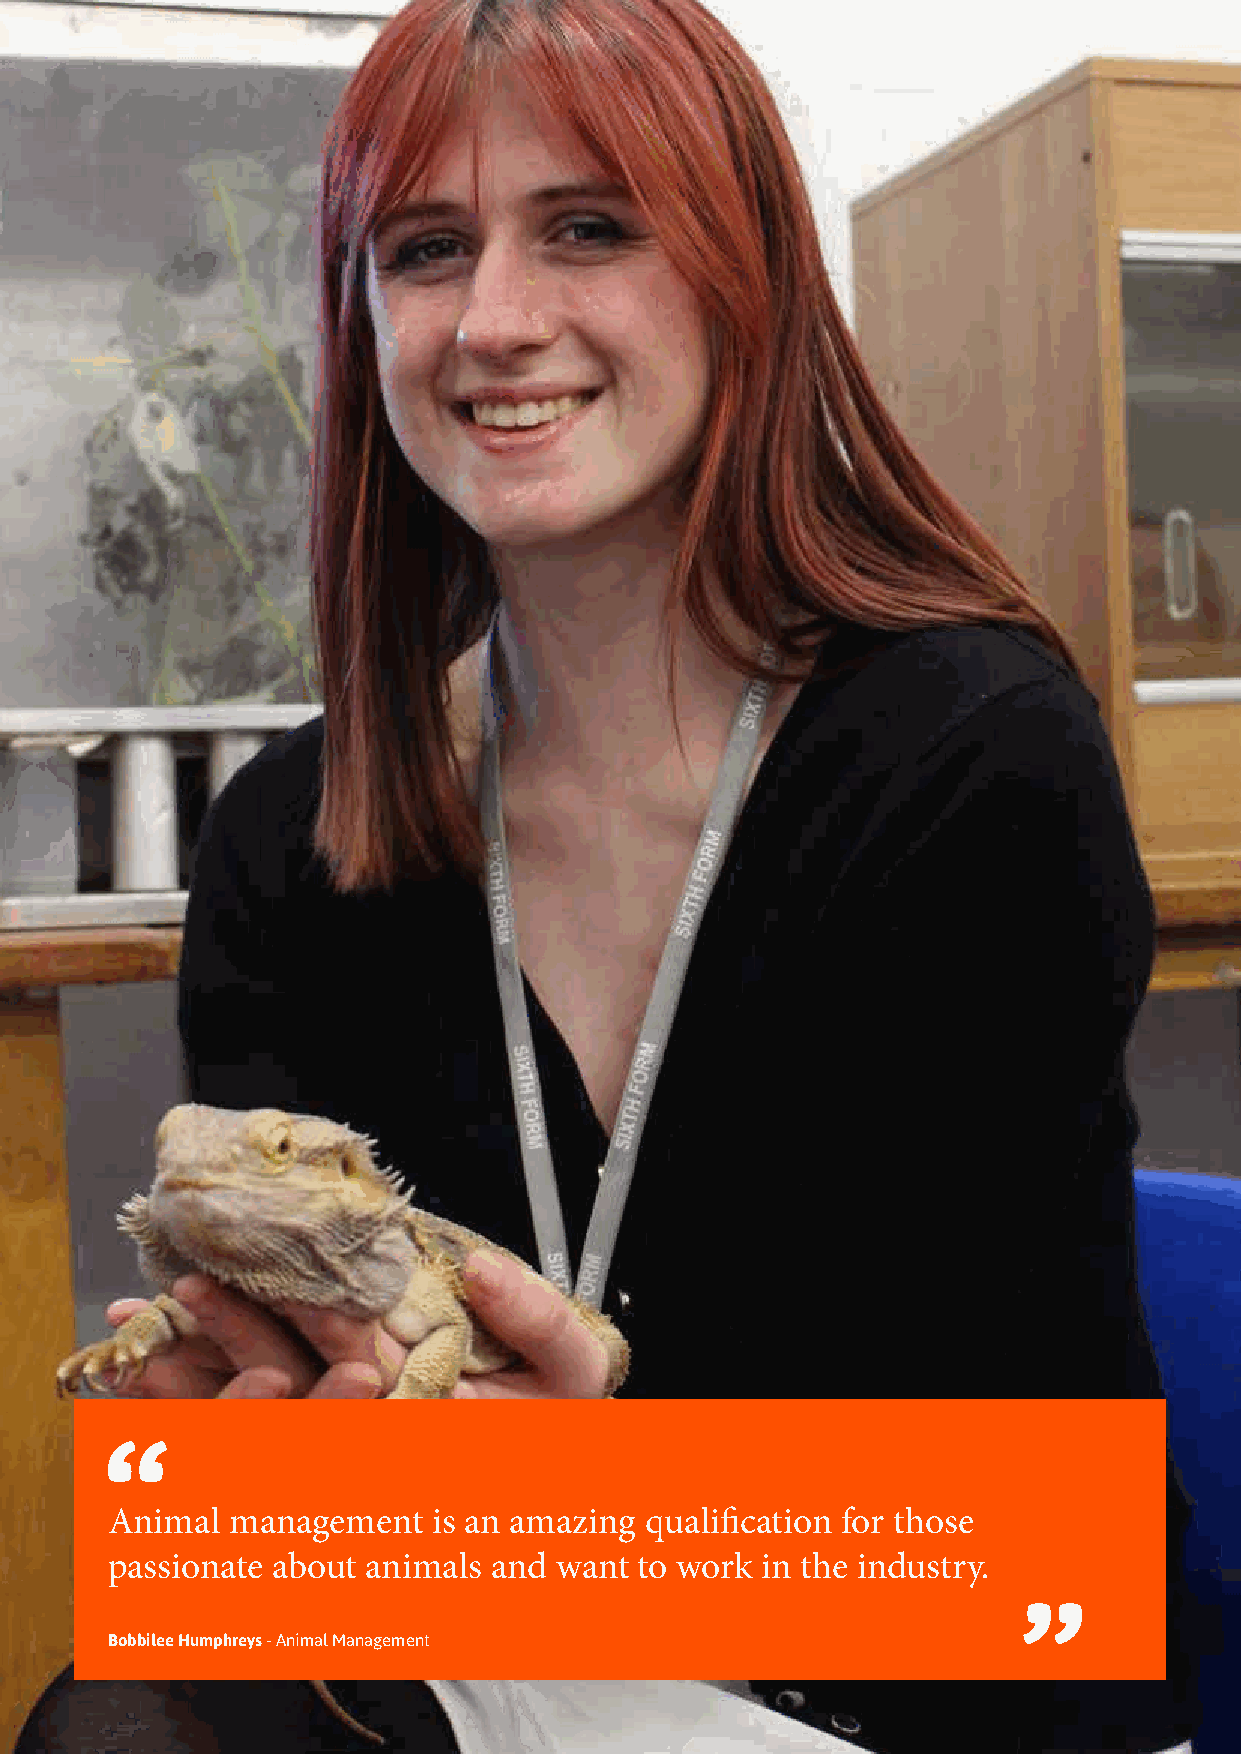
Animal  management    is an amazing qualification for those
 passionate about animals  and want to work in the industry.
 Bobbilee Humphreys - Animal Management